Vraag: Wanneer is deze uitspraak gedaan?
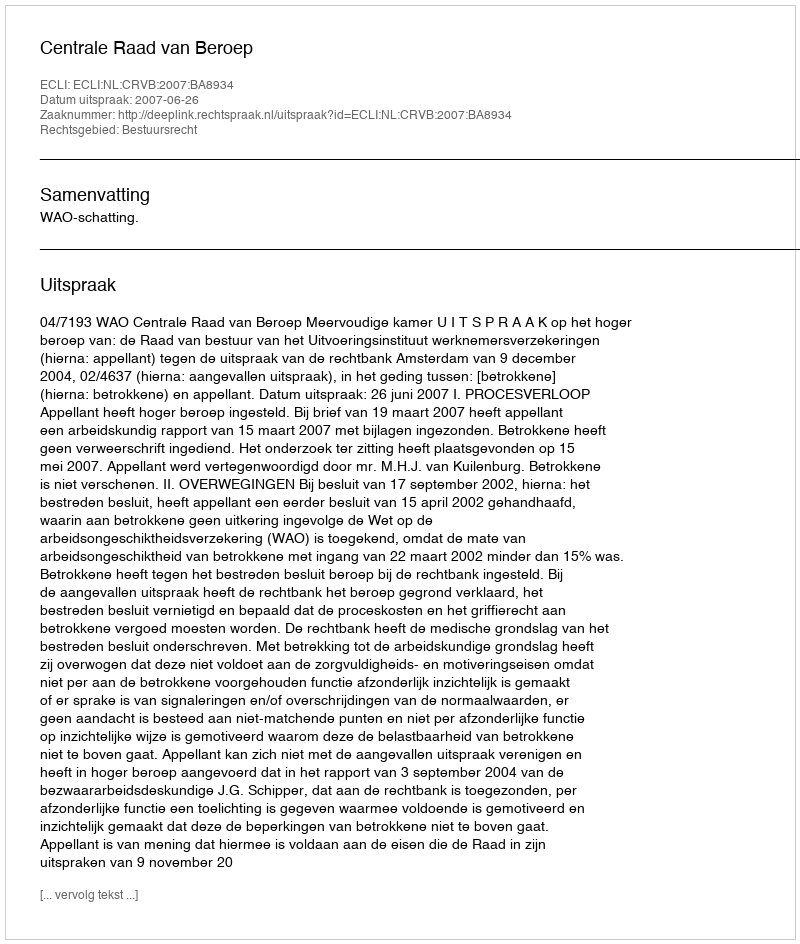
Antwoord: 2007-06-26